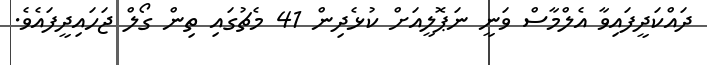
ދައްކަދީފައިވާ އެލްމާސް ވަނީ ނަޕޮލީއަށް ކުޅެދިން 41 މެޗުގައި ތިން ގޯލް ޖަހައިދީފައެވެ.